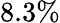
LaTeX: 8.3\%